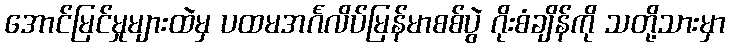
အောင်မြင်မှုများထဲမှ ပထမအင်္ဂလိပ်မြန်မာစစ်ပွဲ ဂိုးစံချိန်ကို သတို့သားမှာ